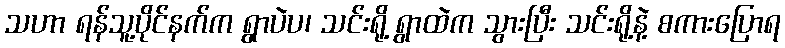
သဟာ ရန်သူ့ပိုင်နက်က ရွာပဲပ၊ သင်းရို့ ရွာထဲက သွားပြီး သင်းရို့နဲ့ စကားပြောရ